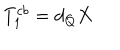
LaTeX: T _ { 1 } ^ { c b } = d _ { Q } X